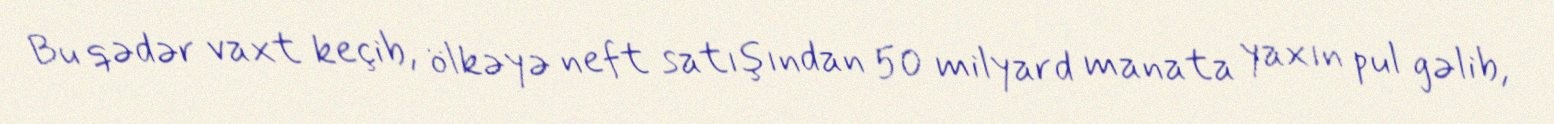
Bu qədər vaxt keçib, ölkəyə neft satışından 50 milyard manata yaxın pul gəlib,